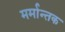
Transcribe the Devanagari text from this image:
मर्मान्तक